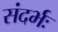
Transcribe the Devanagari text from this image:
संदर्भः